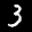
Label: 3